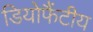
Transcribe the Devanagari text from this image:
डियोफैंटीय